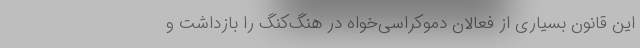
این قانون بسیاری از فعالان دموکراسی‌خواه در هنگ‌کنگ را بازداشت و